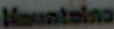
Mountains